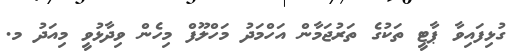
ގުޅިފައިވާ ޕާޓީ ތަކުގެ ތަރުޖަމާން އަހްމަދު މަހްލޫފް މިހެން ވިދާޅުވީ މިއަދު މ.